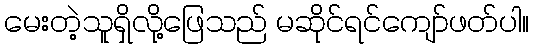
မေးတဲ့သူရှိလို့ဖြေသည် မဆိုင်ရင်ကျော်ဖတ်ပါ။